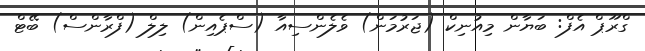
ގްރޫޕް އެފް: ބަޔާން މިއުނިކް (ޖަރުމަން) ވެލެންސިއާ (ސްޕެއިން) ލިލް (ފްރާންސް) ބޭޓް